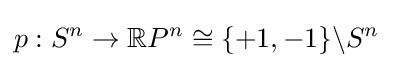
p:S^{n}\to \mathbb {R} P^{n}\cong \{+1,-1\}\backslash S^{n}